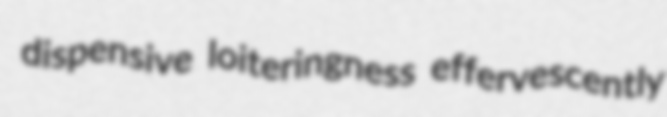
dispensive loiteringness effervescently